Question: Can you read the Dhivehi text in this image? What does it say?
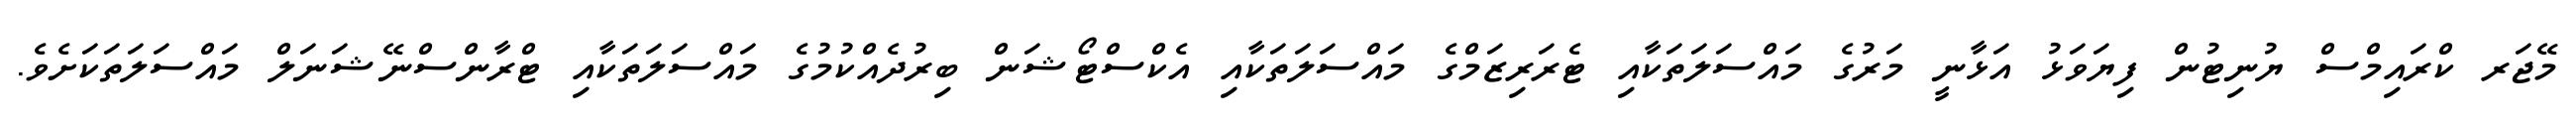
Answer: މޭޖަރ ކްރައިމްސް ޔުނިޓުން ފިޔަވަޅު އަޅާނީ މަރުގެ މައްސަލަތަކާއި ޓެރަރިޒަމްގެ މައްސަލަތަކާއި އެކްސްޓޯޝަން ބިރުދެއްކުމުގެ މައްސަލަތަކާއި ޓްރާންސްނޭޝަނަލް މައްސަލަތަކަށެވެ.